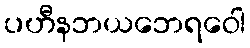
ပဟီနဘယဘေရဝေါ